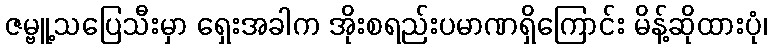
ဇမ္ဗူ့သပြေသီးမှာ ရှေးအခါက အိုးစရည်းပမာဏရှိကြောင်း မိန့်ဆိုထားပုံ၊